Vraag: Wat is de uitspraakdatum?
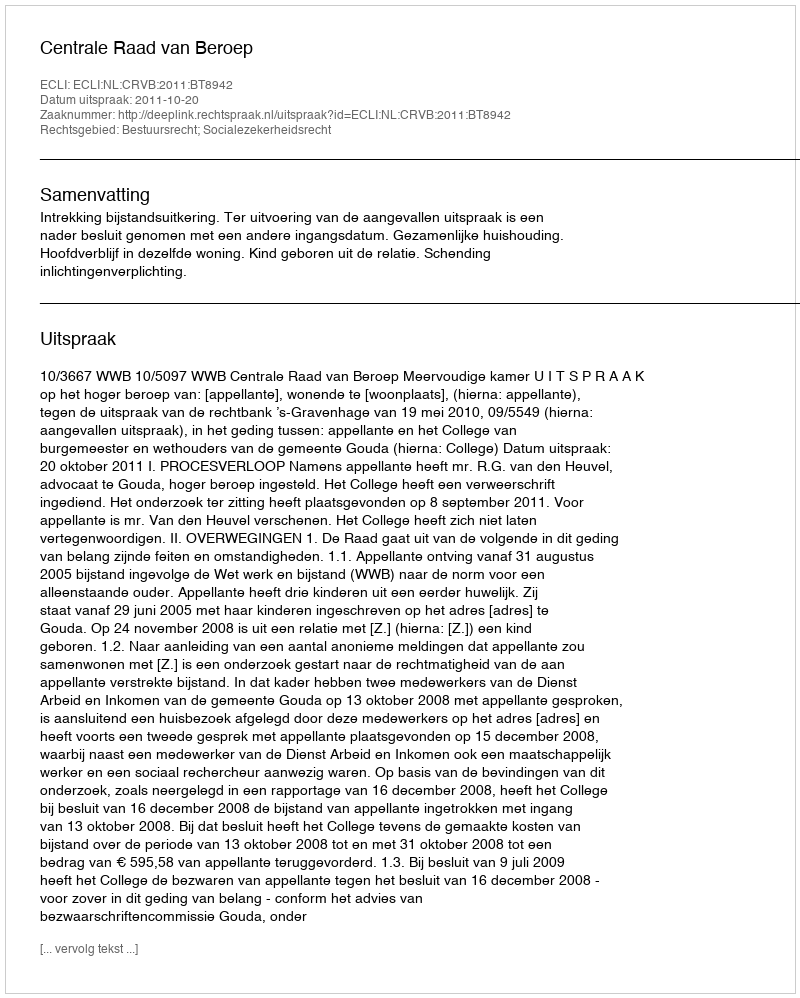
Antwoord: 2011-10-20